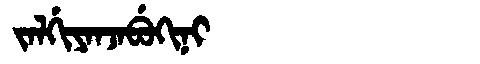
Manchu: ᠵᠠᠯᡤᡳᠶᠠᠨᠵᠠᠪᡠᡴᡳᠨᡳ
Romanization: JALGIYANJABUKINI